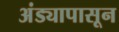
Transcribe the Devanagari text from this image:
अंड्यापासून